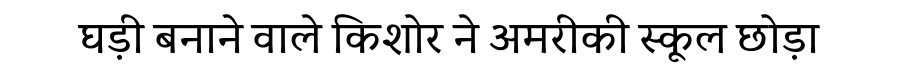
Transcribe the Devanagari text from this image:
घड़ी बनाने वाले किशोर ने अमरीकी स्कूल छोड़ा